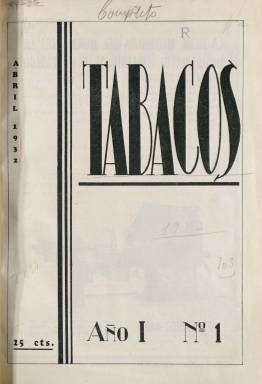
Título: Tabacos (Madrid)
Colección: Industria
Ámbito geográfico: Madrid
Lugar de publicación: Madrid
Fechas: 01/04/1932-30/06/1936

Publicación mensual, órgano de la Asociación de Empleados y Dependientes de la Compañía Arrendataria de Tabacos (TAC), a la que desde la Dirección General de Rentas Estancadas, en 1887, se le había encomendado la gestión para la fabricación y venta de tabaco, cuyo monopolio en España se remonta al siglo XVII. Los mayores propietarios de la compañía fueron el Banco de España, con el 20,5% de las acciones, y el Banco Urquijo, con el 7,6%, y en su año de constitución era la mayor empleadora industrial del país, con 30.000 trabajadores distribuidos en sus diez fábricas, de los que el 95% eran las famosas cigarreras. La TAC se convertiría, en 1945, en Tabacalera, S.A. (CTSA), privatizada en el año 1998.

La revista comienza a publicarse en abril de 1932, aunque desde el mes de agosto anterior los miembros de la asociación venían colaborando en el Boletín de tabacos y timbre. Contó con un Consejo de Redacción, integrado por Matías Benlloch, Juan García Zozaya y Alfonso Orús, y entre sus más destacados colaboradores estuvo el ingeniero y profesor Pedro M. de Artiñano. La publicación tiene una naturaleza profesional y asociativa, aspirando a velar por el “interés común” y “el bienestar y el progreso moral y material” de todos los que desarrollaban su actividad en este monopolio, “sin distinción de clases ni matices”, se indica en el artículo en el que expone sus propósitos.

El número de páginas de cada entrega es diverso, entre las 16 y las cuarenta, compuestas a dos columnas. En la colección de la Biblioteca Nacional de España (BNE) algunas de ellas llevan una cubierta ilustrada con un dibujo en el que aparecen un hombre y una mujer fumando, estampada con tinta de color. Estuvo agraciada con numerosas inserciones publicitarias de empresas de maquinaria, de almacenistas o de proveedores de materias para la arrendataria, incluso de empresas tabacaleras cubanas, así como de publicidad de otras empresas y comercios.

También es una revista ilustrada con fotografías, entre las que aparecerá la del presidente de la República, don Niceto Alcalá Zamora, y los retratos de los miembros del Consejo de Administración o de altos cargos de la compañía (Miguel Tacón y Calderón, Luis de Urquijo y Ussía, Luis de Albacete y Gil de Zárate, Cástor Calvo Rodero, etc.).

Informa sobre las junta generales o las memorias de la asociación, sobre el movimiento de personal, sobre la Institución Protectora de Huérfanos de la compañía y sobre otros asuntos sociales de sus empleados. También sobre la industria y el comercio del sector tabacalero español y extranjero, y sus mercados. Da cuenta de la legislación sobre el sector y publica reportajes sobre la Real Fábrica de Tabacos de Sevilla, el cultivo del tabaco en Canarias, las semillas, la industria tabaquera en Noruega o una historia del tabaco, entre otros, cuyos textos van también acompañados de fotograbados.

Así mismo, tiene una sección titulada Fumadores españoles ilustres, con textos y retratos de Eduardo Marquina, Ernesto Vilches, Alejandro Casona o Enrique Jardiel Poncela, entre otros. Incluso tendrá una Página de humor, y publica cuentos o composiciones poéticas remitidas por sus colaboradores. También inserta otros reportajes, como los dedicados a la Alhambra, a Santander o las fiestas San Fermín, acompañados también de fotografías. Destacan así mismo las fotografías que publica de estrellas del cine americano, que incluye en una sección que denomina Azulejos y parece ir destinada a un público femenino. Tiene también una Revista de libros, publica un folletín titulado La incógnita, de Ricardo Vázquez y Álvarez, y otros artículos sobre el tesoro artístico de España o la arquitectura en los edificios industriales, pero también información sobre la junta de accionistas de la CAT o sobre el Banco Urquijo y el Banco Zaragozano, o artículos de carácter técnico.

Entre los autores de sus textos aparecen, además de los anteriormente citados, Salvador Moya, Indalecio Couto, Ricardo Vázquez, Paulino J. Herrero, Antonio Passo, Eugenio Salarich, Eugenio Salamero, Domingo Hergueta, M. Barbasán, Carmen Pinillos, Aurora Redondo, Sara A. Insúa, o el ingeniero jefe de Laboratorio Paulino J. Herrero, entre otros muchos.

La última entrega de este título en la BNE es la 51, correspondiente a junio de 1936, y, probablemente, no se publicó más al estallar la guerra civil.